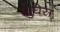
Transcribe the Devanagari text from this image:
ह्युघेस